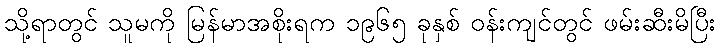
သို့ရာတွင် သူမကို မြန်မာအစိုးရက ၁၉၆၅ ခုနှစ် ဝန်းကျင်တွင် ဖမ်းဆီးမိပြီး